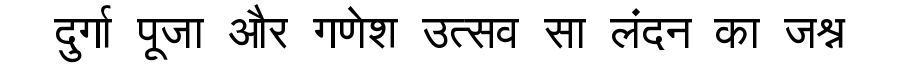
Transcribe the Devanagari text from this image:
दुर्गा पूजा और गणेश उत्सव सा लंदन का जश्न